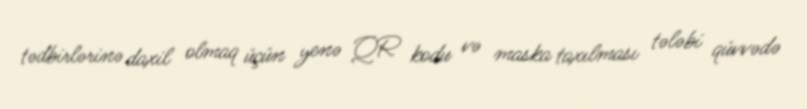
tədbirlərinə daxil olmaq üçün yenə QR kodu və maska taxılması tələbi qüvvədə